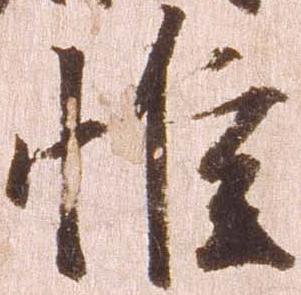
惟